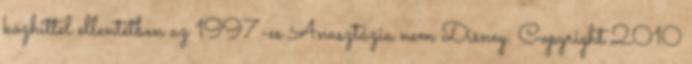
közhittel ellentétben az 1997-es Anasztázia nem Disney. Copyright 2010